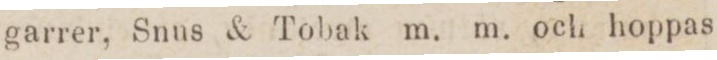
garrer, Snns & Tobak m. m. och hoppas